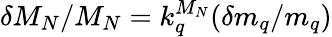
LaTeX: \delta M_{N}/M_{N}=k_{q}^{M_{N}}(\delta m_{q}/m_{q})